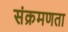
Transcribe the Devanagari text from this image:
संक्रमणता